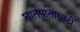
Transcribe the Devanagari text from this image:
घातपातासाठी